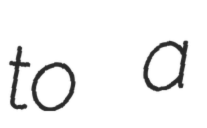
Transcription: to a